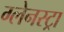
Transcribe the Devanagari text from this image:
ग्लेनस्ट्रा